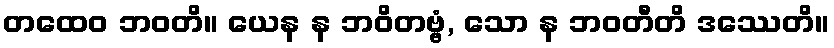
တထေဝ ဘဝတိ။ ယေန န ဘဝိတဗ္ဗံ, သော န ဘဝတီတိ ဒဿေတိ။